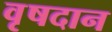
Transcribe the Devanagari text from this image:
वृषदान